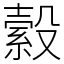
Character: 縠